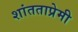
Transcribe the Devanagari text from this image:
शांतताप्रेमी